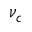
\nu _ { c }